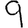
Digit: 9